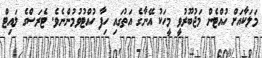
މަލަކާއަށް ހުއްޓެން މަޖުބޫރުވީ މީހަކު އޭނާގެ އަތުގައި ހިފާ ހުއްޓުވުމުންނެވެ. ޓެރަސްގެ ލައިޓް